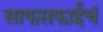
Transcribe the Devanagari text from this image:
साफसफाईचं